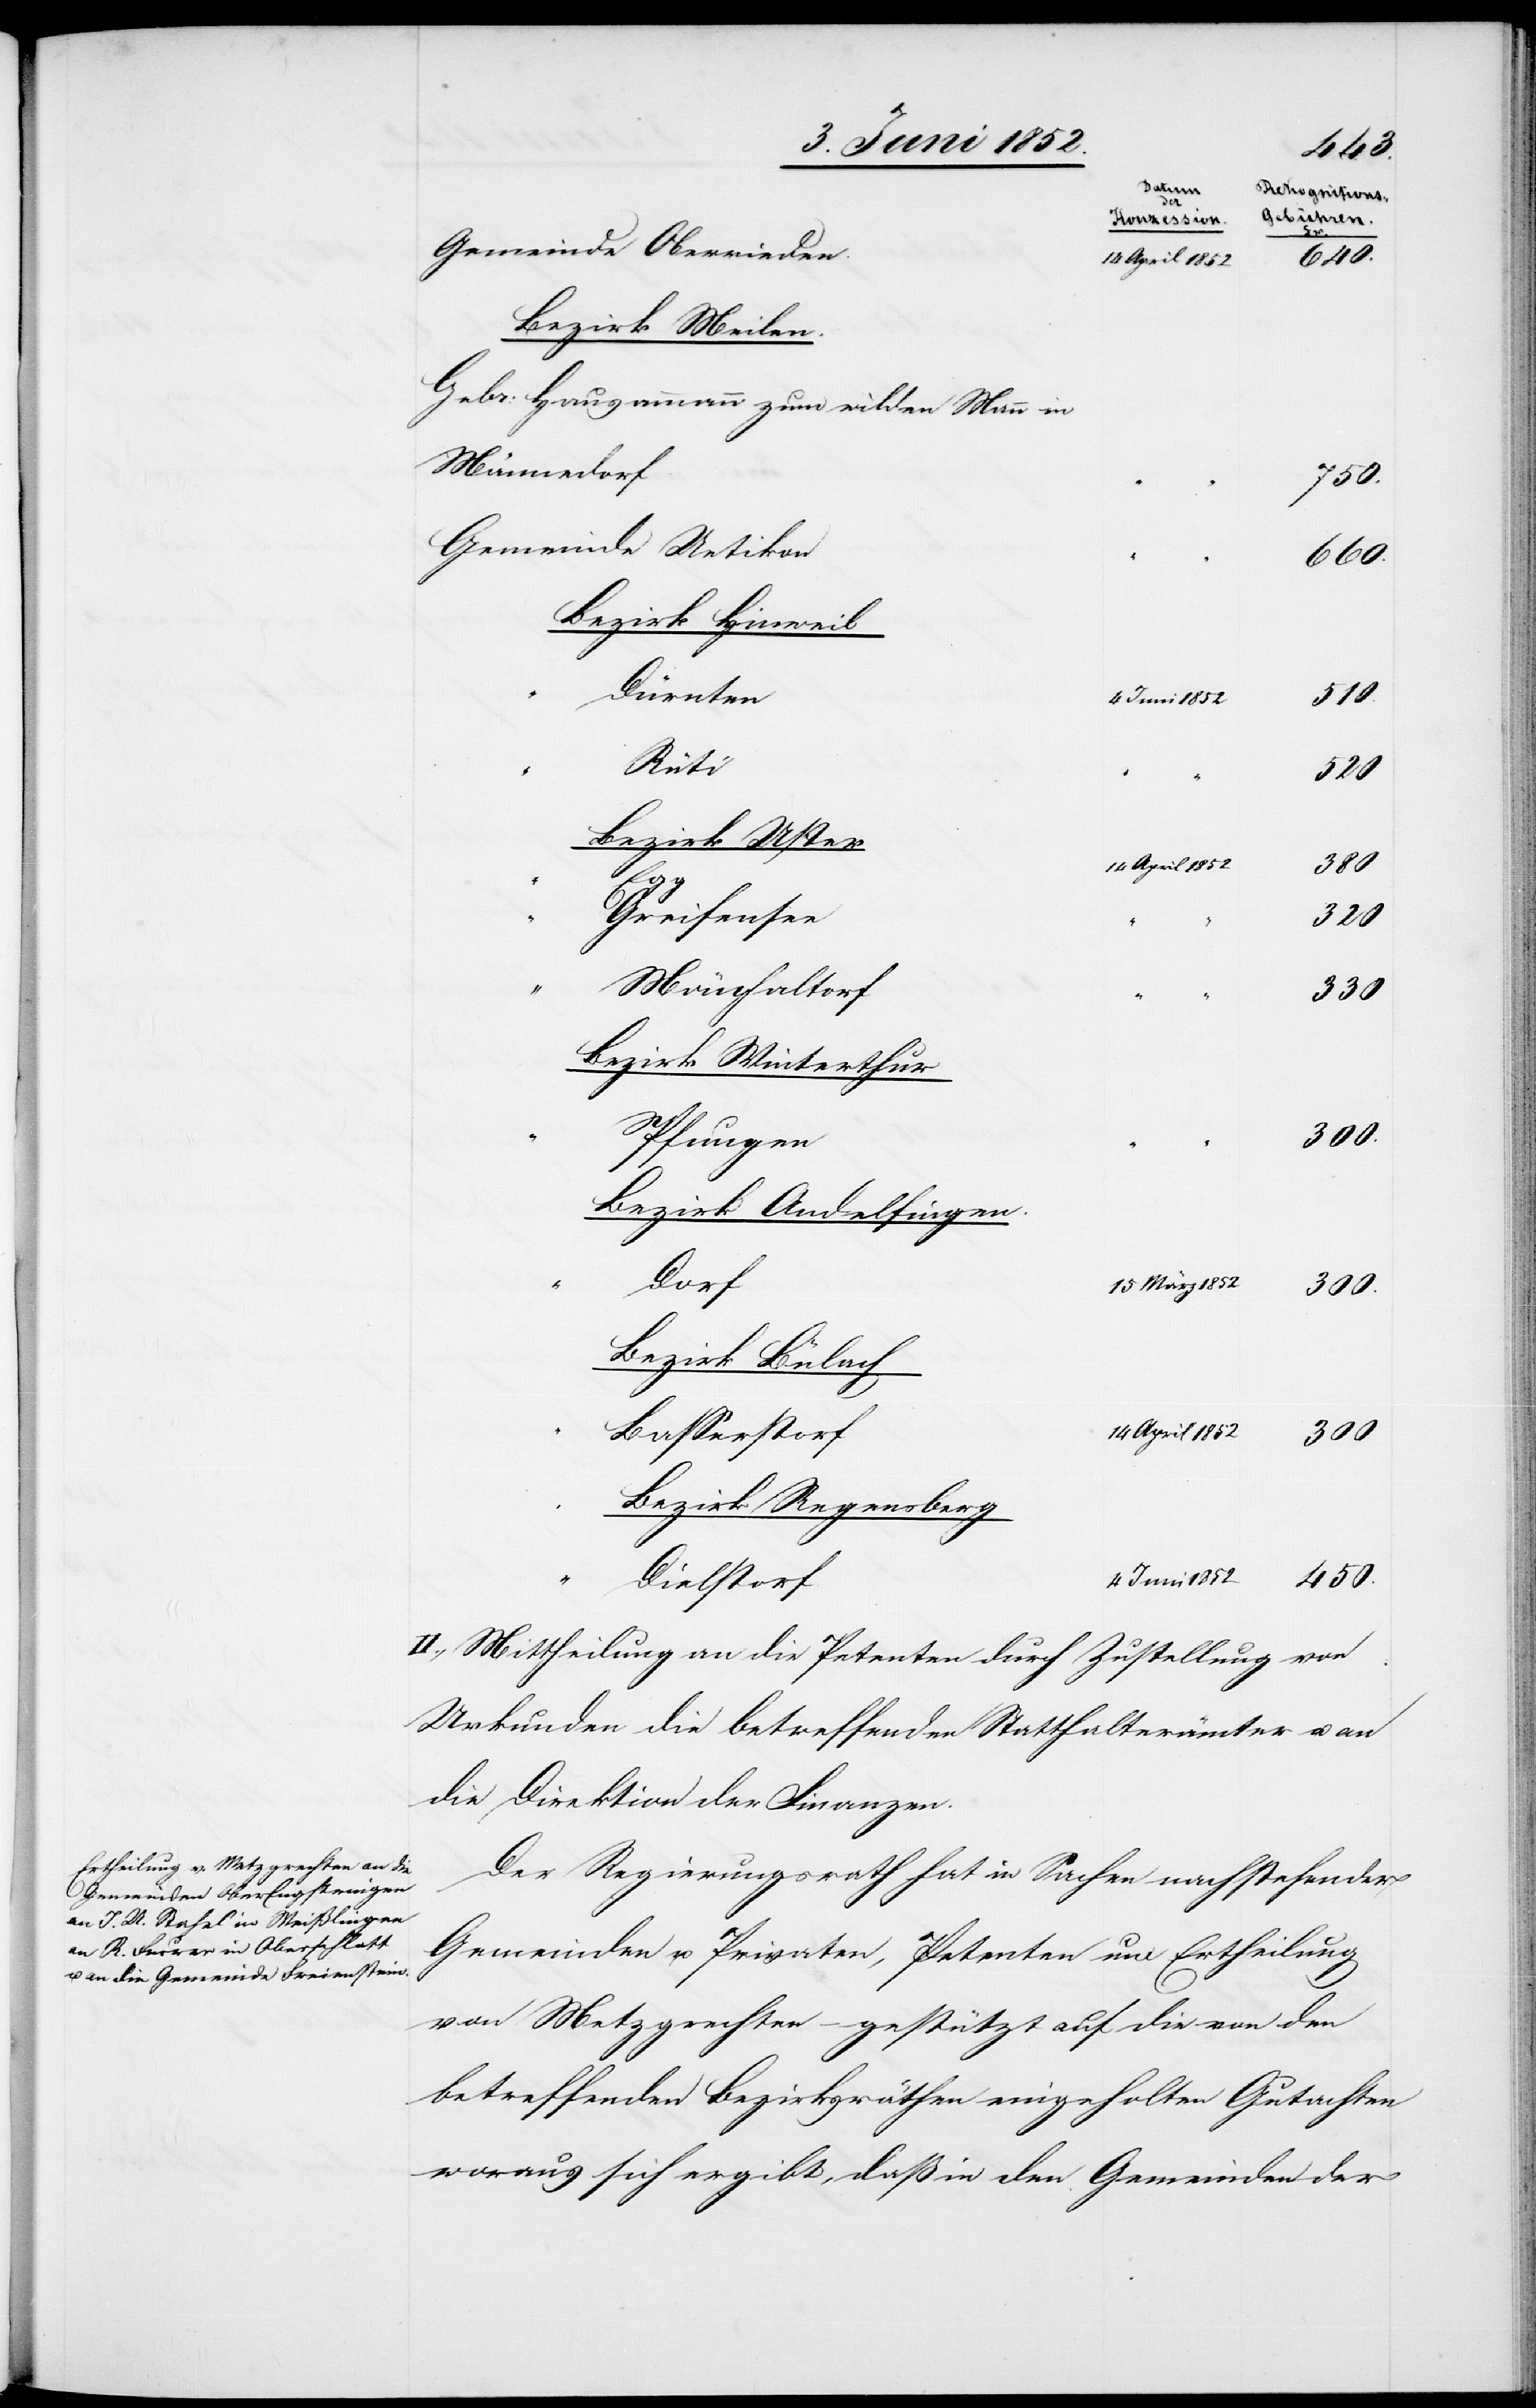
Bezirk Meilen.
Gebr: Hausammann zum wilden Mann in
Männedorf
750.
450.
Bezirk Hinweil
Dürnten
4 Juni 1852
510.
März
1852
Bezirk Uster
14 April 1852
300
Greifensee
Mönchaltorf
330
Bezirk Winterthur
Pfungen
300.
Bezirk Andelfingen.
der
Bezirk Bülach
Basserstorf
Bezirk Regensberg
Dielstorf
II., Mittheilung an die Petenten durch Zustellung von
Urkunden[,] die betreffenden Statthalterämter u. an
die Direktion der Finanzen.
Der Regierungsrath hat in Sachen nachstehender
Gemeinden u. Privaten, Petenten um Ertheilung
von Metzgrechten – gestützt auf die von den
betreffenden Bezirksräthen eingeholten Gutachten
woraus sich ergibt, daß in den Gemeinden der